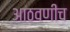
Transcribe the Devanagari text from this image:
आठवणीच